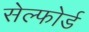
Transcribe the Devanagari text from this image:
सेल्फोर्ड